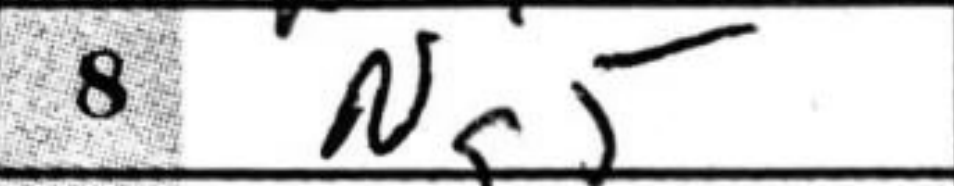
Transcription: Ng5